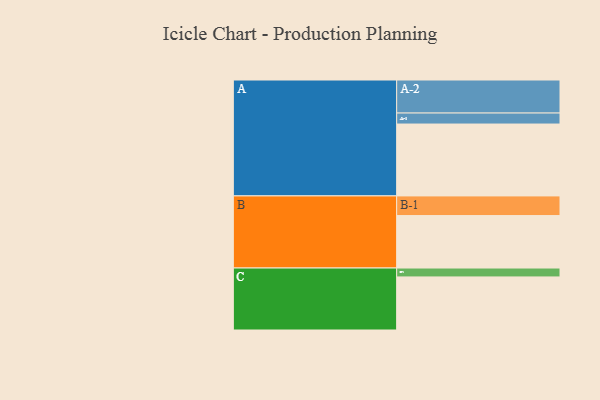
{"axis": {"x": "Segment", "y": "Value"}, "legend": ["", "A", "B", "C"], "data": [{"x": "A", "y": 581, "type": ""}, {"x": "B", "y": 424, "type": ""}, {"x": "C", "y": 429, "type": ""}, {"x": "A-1", "y": 89, "type": "A"}, {"x": "A-2", "y": 267, "type": "A"}, {"x": "B-1", "y": 159, "type": "B"}, {"x": "C-1", "y": 72, "type": "C"}]}